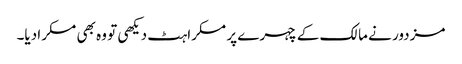
مزدور نے مالک کے چہرے پر مسکراہٹ دیکھی تو وہ بھی مسکرا دیا۔